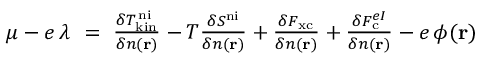
\begin{array} { r } { \mu - e \, \lambda \ = \ \frac { \delta T _ { \mathrm { k i n } } ^ { \mathrm { \, n i } } } { \delta n ( \mathbf { r } ) } - T \frac { \delta S ^ { \mathrm { n i } } } { \delta n ( \mathbf { r } ) } + \frac { \delta F _ { \mathrm { x c } } } { \delta n ( \mathbf { r } ) } + \frac { \delta F _ { \mathrm { c } } ^ { e I } } { \delta n ( \mathbf { r } ) } - e \, \phi ( \mathbf { r } ) } \end{array}